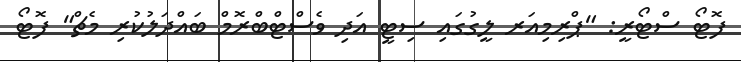
ފޮޓޯ ސްޓޯރީ: "ޕްރިމިއަރ ލީގުގައި ސިޓީ އަދި ވެސްޓްބްރޮމް ބައްދަލުކުރި މެޗް" ފޮޓޯ